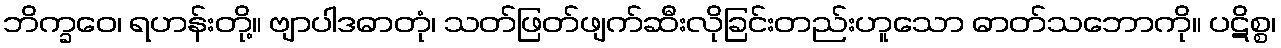
ဘိက္ခဝေ၊ ရဟန်းတို့။ ဗျာပါဒဓာတုံ၊ သတ်ဖြတ်ဖျက်ဆီးလိုခြင်းတည်းဟူသော ဓာတ်သဘောကို။ ပဋိစ္စ၊